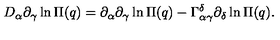
D _ { \alpha } \partial _ { \gamma } \ln \Pi ( q ) = \partial _ { \alpha } \partial _ { \gamma } \ln \Pi ( q ) - \Gamma _ { \alpha \gamma } ^ { \delta } \partial _ { \delta } \ln \Pi ( q ) .